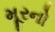
મૂરનો